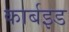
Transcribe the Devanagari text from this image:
कार्बइड